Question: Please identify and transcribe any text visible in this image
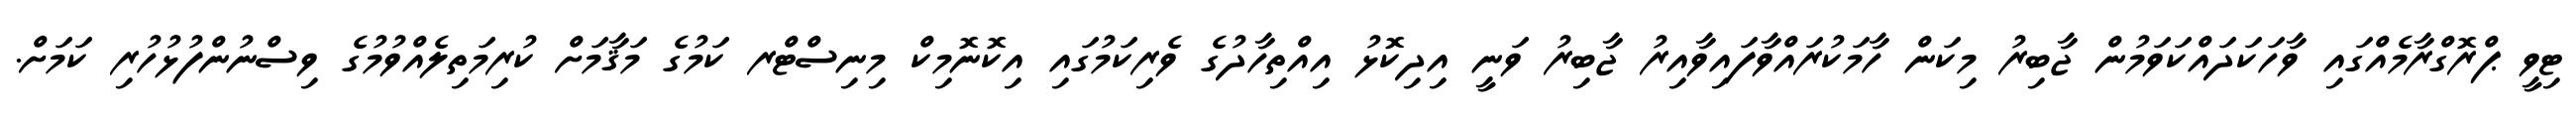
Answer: ޓިވީ ޕްރޮގްރާމެއްގައި ވާހަކަދައްކަވަމުން ޖާބިރު މިކަން ހާމަކުރައްވާފައިވާއިރު ޖާބިރު ވަނީ އިދިކޮޅު އިއްތިހާދުގެ ވެރިކަމުގައި އިކޮނޮމިކް މިނިސްޓްރ ކަމުގެ މަޤާމަށް ކުރިމަތިލެއްވުމުގެ ވިސްނުންފުޅުހުރި ކަމަށް.